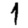
Digit: 1